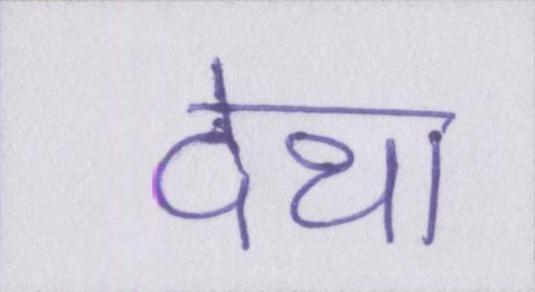
देथा